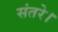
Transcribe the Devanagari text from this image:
संतरे।